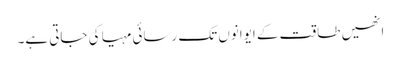
انھیں طاقت کے ایوانوں تک رسائی مہیا کی جاتی ہے۔